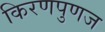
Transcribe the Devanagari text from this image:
किरणपुणज